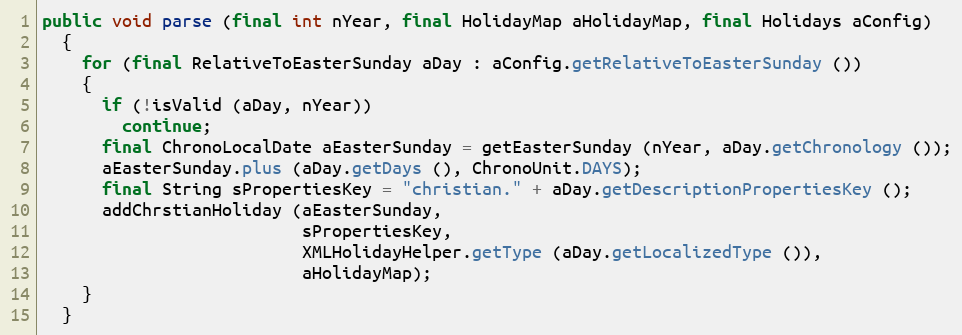
Language: Java
public void parse (final int nYear, final HolidayMap aHolidayMap, final Holidays aConfig)
  {
    for (final RelativeToEasterSunday aDay : aConfig.getRelativeToEasterSunday ())
    {
      if (!isValid (aDay, nYear))
        continue;
      final ChronoLocalDate aEasterSunday = getEasterSunday (nYear, aDay.getChronology ());
      aEasterSunday.plus (aDay.getDays (), ChronoUnit.DAYS);
      final String sPropertiesKey = "christian." + aDay.getDescriptionPropertiesKey ();
      addChrstianHoliday (aEasterSunday,
                          sPropertiesKey,
                          XMLHolidayHelper.getType (aDay.getLocalizedType ()),
                          aHolidayMap);
    }
  }